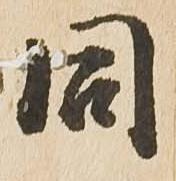
同